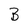
Character: B